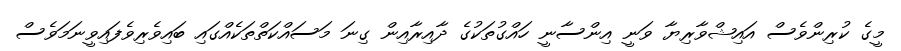
މީގެ ކުރިންވެސް އައިޝްވާރިޔާ ވަނީ އިންސާނީ ހައްގުތަކުގެ ދާއިރާއިން ގިނަ މަސައްކަތްތަކެއްގައި ބައިވެރިވެފައިވީނަމަވެސް